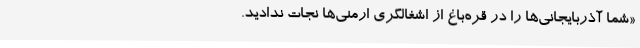
«شما آذربایجانی‌ها را در قره‌باغ از اشغالگری ارمنی‌ها نجات ندادید.